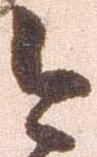
今